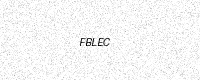
Text: FBLEC